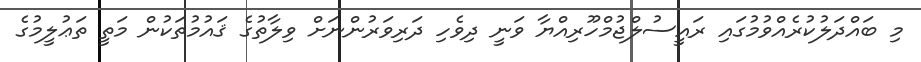
މި ބައްދަލުކުރެއްވުމުގައި ރައީސުލްޖުމްހޫރިއްޔާ ވަނީ ދިވެހި ދަރިވަރުންނަށް ވިލާތުގެ ޤައުމުތަކުން މަތީ ތަޢުލީމުގެ